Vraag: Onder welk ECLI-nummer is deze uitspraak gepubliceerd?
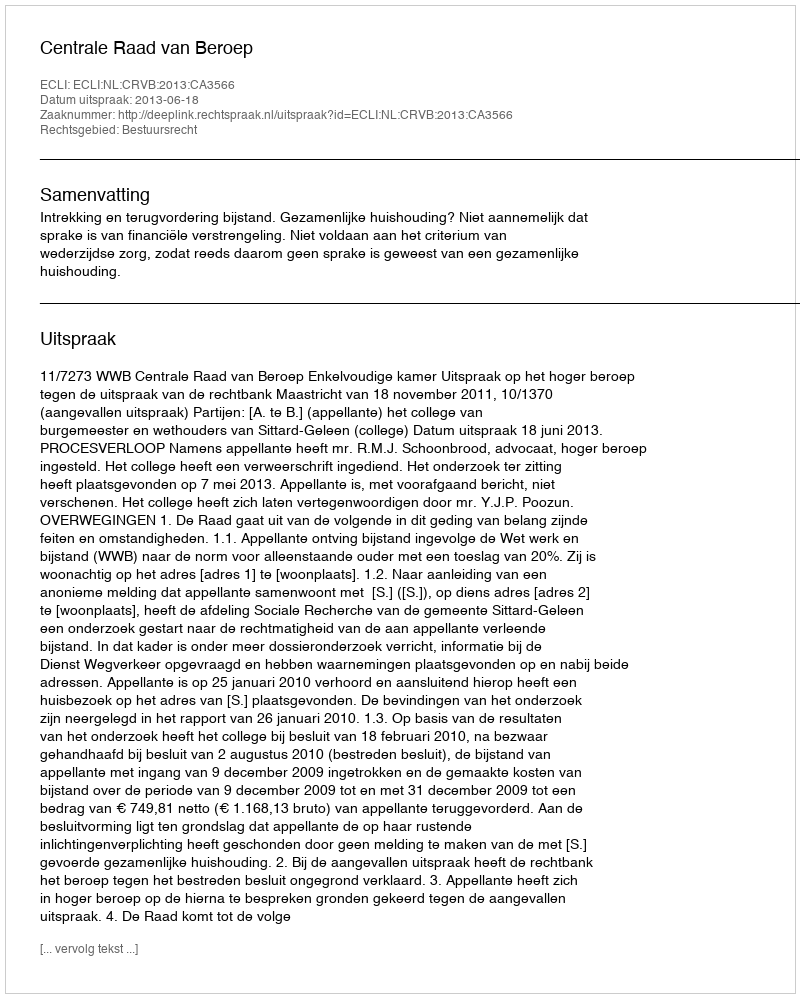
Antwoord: ECLI:NL:CRVB:2013:CA3566